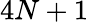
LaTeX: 4N+1